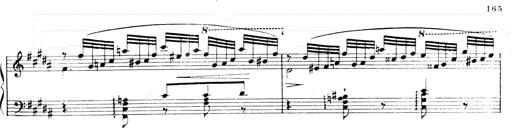
Title: Andante Finale und Marsch aus der Oper KÃ¶nig Alfred
Composer: Franz Liszt